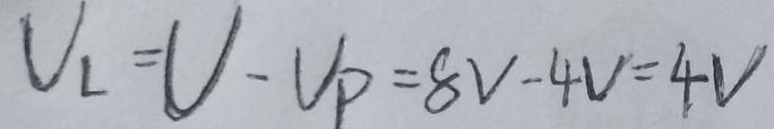
V _ { 1 } = V - V _ { P } = 8 V - 4 V = 4 V